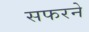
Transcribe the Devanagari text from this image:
सफरने